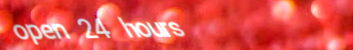
open 24 hours